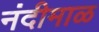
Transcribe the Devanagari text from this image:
नंदीमाळ